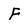
Character: F